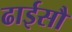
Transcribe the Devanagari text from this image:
ढाईसौ